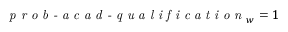
\textit { p r o b - a c a d - q u a l i f i c a t i o n } _ { w } = 1